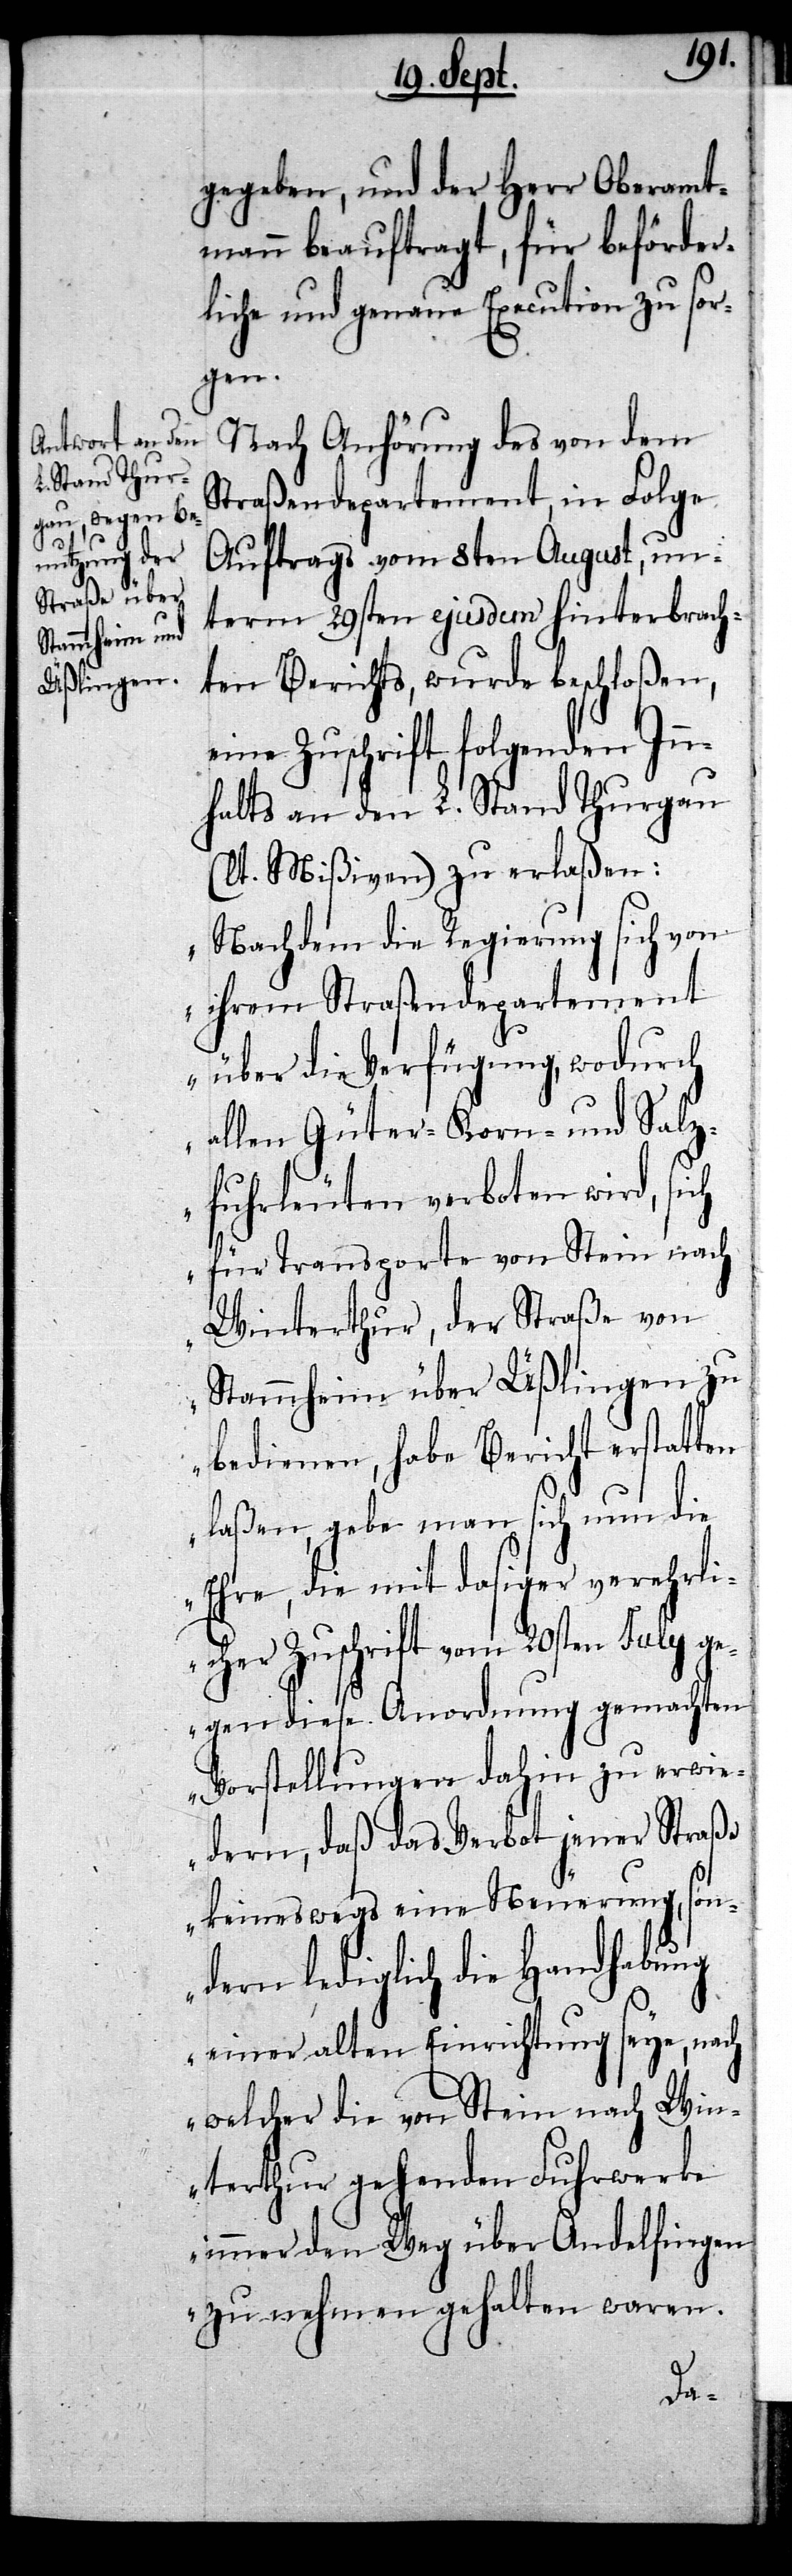
gegeben, und der Herr Oberamt¬
mann beauftragt, für beförder¬
liche und genaue Execution zu sor¬
gen.
Nach Anhörung des von dem
Straßendepartement, in Folge
Auftrags vom 8ten August, un¬
term 29sten ejusdem hinterbrach¬
ten Berichts, wurde beschloßen,
eine Zuschrift folgenden Inn¬
halts an den L. Stand Thurgau
(lt. Mißiven) zu erlaßen:
„Nachdem die Regierung sich von
ihrem Straßendepartement
über die Verfügung, wodurch
allen Güter- Korn- und Salz¬
fuhrleuten verboten wird, sich
für Transporte von Stein nach
Winterthur, der Straße von
Stammheim über Üßlingen zu
bedienen, habe Bericht erstatten
laßen, gebe man sich nun die
Ehre, die mit dasiger verehrli¬
cher Zuschrift vom 20sten July ge¬
gen diese Anordnung gemachten
Vorstellungen dahin zu erwie¬
dern, daß das Verbot jener Straße
keineswegs eine Neuerung, son¬
dern lediglich die Handhabung
einer alten Einrichtung seye, nach
welcher die von Stein nach Win¬
terthur gehenden Fuhrwerke
immer den Weg über Andelfingen
zu nehmen gehalten waren.